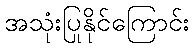
အသုံးပြုနိုင်ကြောင်း